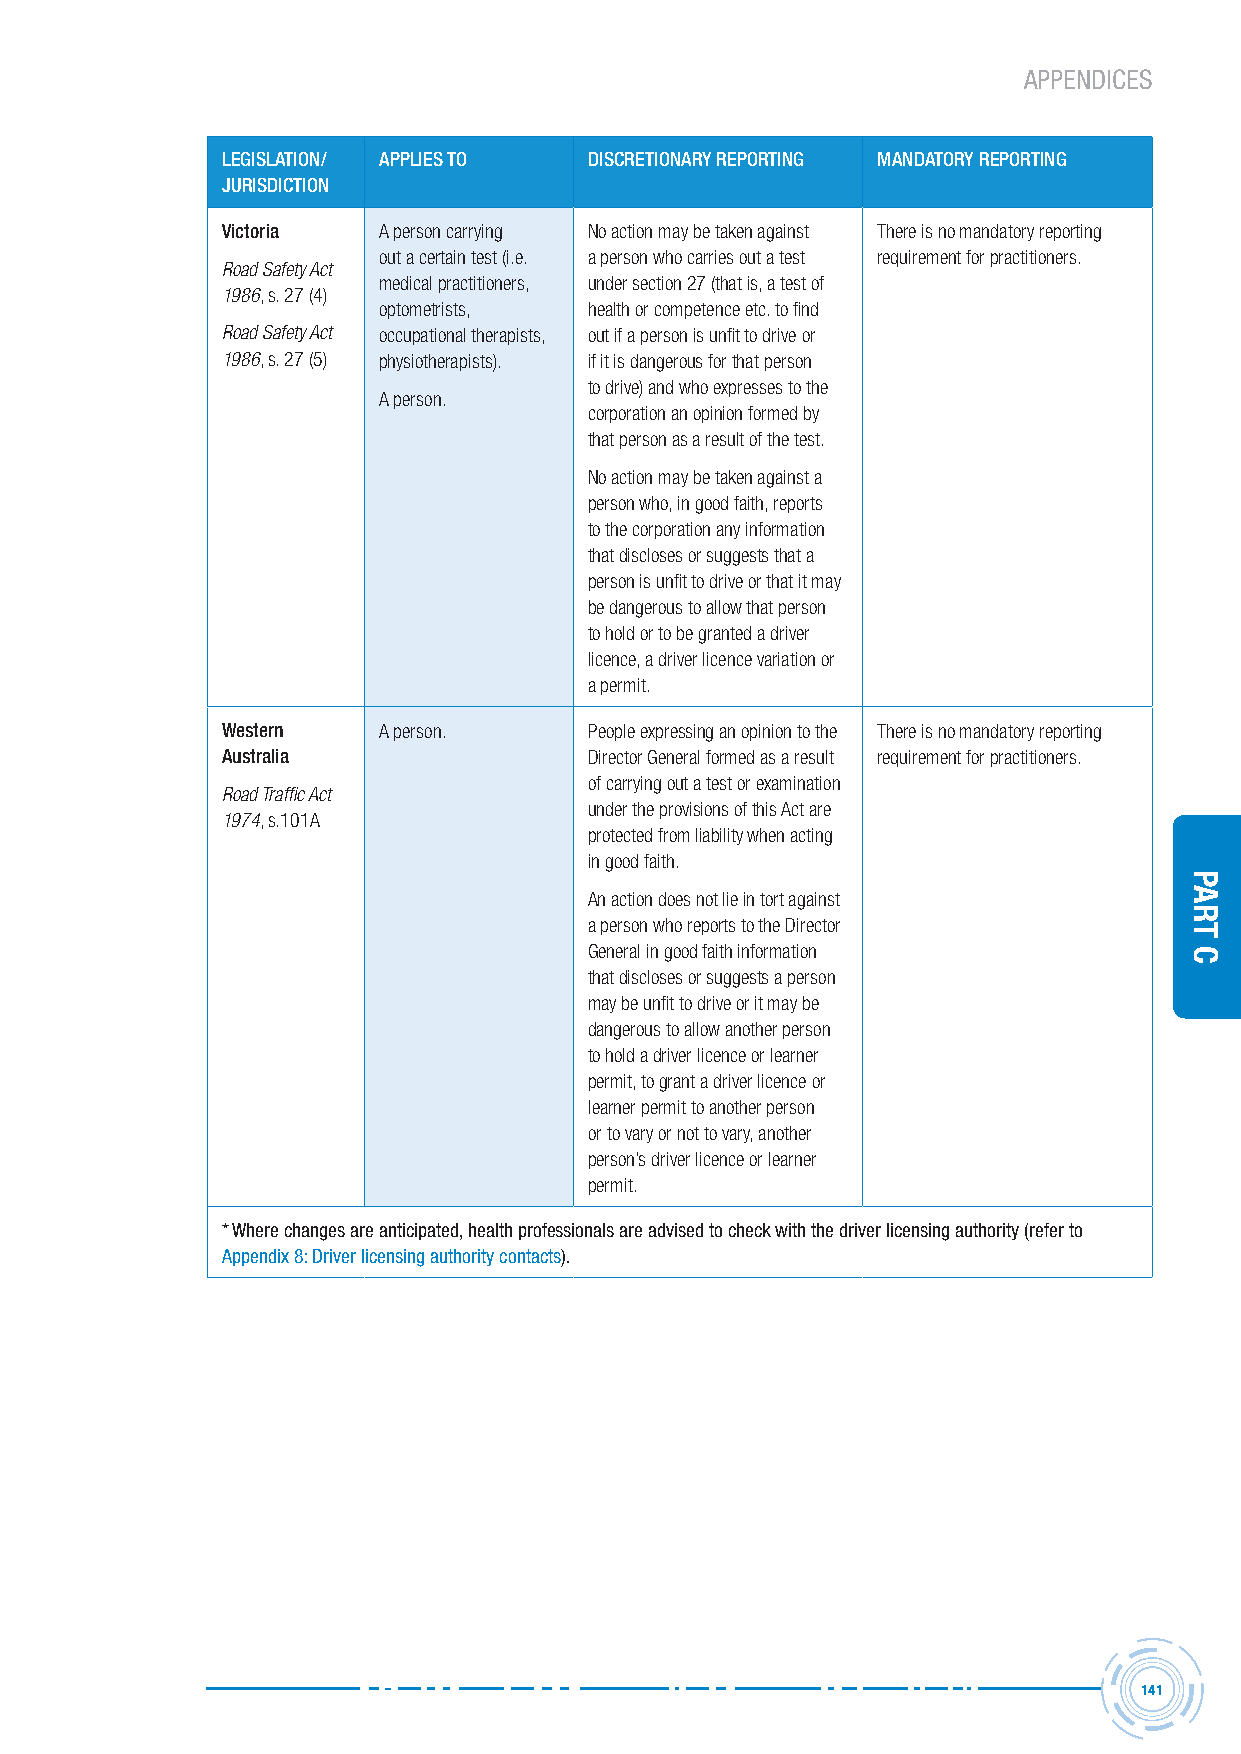
APPENDICES
 LegisLAtion/ APPLies to DiscretionArY rePorting MAnDAtorY rePorting
 JUrisDiction
 victoria  A person carrying No action may be taken against There is no mandatory reporting
 out a certain test (i.e. a person who carries out a test requirement for practitioners.
 Road Safety Act
 medical practitioners, under section 27 (that is, a test of
 1986, s. 27 (4)
 optometrists, health or competence etc. to find
 Road Safety Act occupational therapists, out if a person is unfit to drive or
 1986, s. 27 (5) physiotherapists). if it is dangerous for that person
 to drive) and who expresses to the
 A person.
 corporation an opinion formed by
 that person as a result of the test.
 No action may be taken against a
 person who, in good faith, reports
 to the corporation any information
 that discloses or suggests that a
 person is unfit to drive or that it may
 be dangerous to allow that person
 to hold or to be granted a driver
 licence, a driver licence variation or
 a permit.
 Western   A person.     People expressing an opinion to the There is no mandatory reporting
 Australia               Director General formed as a result requirement for practitioners.
 of carrying out a test or examination
 Road Traffic Act
 under the provisions of this Act are
 1974, s.101A
 protected from liability when acting
 in good faith.
 An action does not lie in tort against
 a person who reports to the Director
 General in good faith information
 that discloses or suggests a person
 may be unfit to drive or it may be
 dangerous to allow another person
 to hold a driver licence or learner
 permit, to grant a driver licence or
 learner permit to another person
 or to vary or not to vary, another
 person’s driver licence or learner
 permit.
 * Where changes are anticipated, health professionals are advised to check with the driver licensing authority (refer to
 appendix 8: Driver licensing authority contacts).
 141
 Part
 C